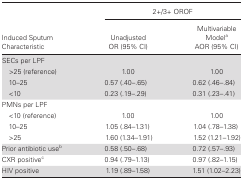
<table><thead><tr><td></td><td colspan="2"><b>2+/3+ OROF</b></td></tr><tr><td><b>Induced Sputum Characteristic</b></td><td><b>UnadjustedOR (95% CI)</b></td><td><b>Multivariable Model<sup>a</sup>AOR (95% CI)</b></td></tr></thead><tbody><tr><td colspan="3">SECs per LPF</td></tr><tr><td> &gt;25 (reference)</td><td>1.00</td><td>1.00</td></tr><tr><td> 10–25</td><td>0.57 (.40–.65)</td><td>0.62 (.46–.84)</td></tr><tr><td> &lt;10</td><td>0.23 (.19–.29)</td><td>0.31 (.23–.41)</td></tr><tr><td>PMNs per LPF</td><td></td><td></td></tr><tr><td> &lt;10 (reference)</td><td>1.00</td><td>1.00</td></tr><tr><td> 10–25</td><td>1.05 (.84–1.31)</td><td>1.04 (.78–1.38)</td></tr><tr><td> &gt;25</td><td>1.60 (1.34–1.91)</td><td>1.52 (1.21–1.92)</td></tr><tr><td>Prior antibiotic use<sup>b</sup></td><td>0.58 (.50–.68)</td><td>0.72 (.57–.93)</td></tr><tr><td>CXR positive<sup>c</sup></td><td>0.94 (.79–1.13)</td><td>0.97 (.82–1.15)</td></tr><tr><td>HIV positive</td><td>1.19 (.89–1.58)</td><td>1.51 (1.02–2.23)</td></tr></tbody></table>